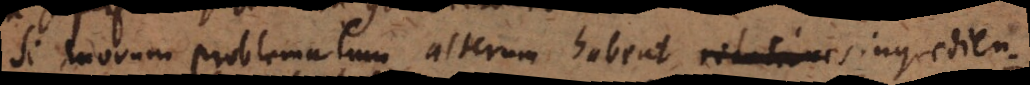
Si duorum problematum alterum habeat relationes ingredien